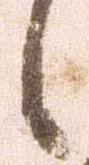
候